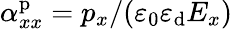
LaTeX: \alpha_{xx}^{\mathrm{p}}=p_{x}/(\varepsilon_{0}\varepsilon_{\mathrm{d}}E_{x})